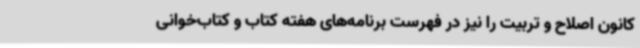
کانون اصلاح و تربیت را نیز در فهرست برنامه‌های هفته کتاب و کتاب‌خوانی